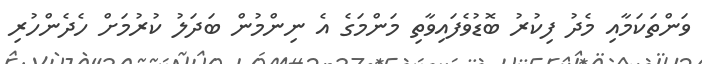
ވަންތަކަމާއި މެދު ފިކުރު ބޮޑުވެފައިވާތި މަންމަގެ އެ ނިންމުން ބަދަލު ކުރުމަށް ހެދެންހުރި